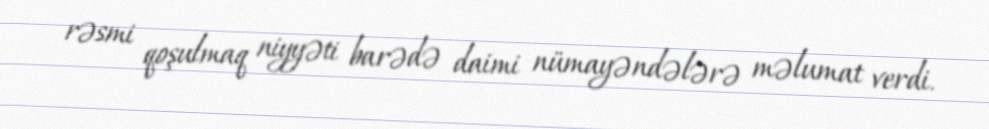
rəsmi qoşulmaq niyyəti barədə daimi nümayəndələrə məlumat verdi.